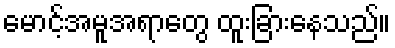
မောင့်အမူအရာတွေ ထူးခြားနေသည်။